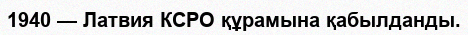
1940 — Латвия КСРО құрамына қабылданды.